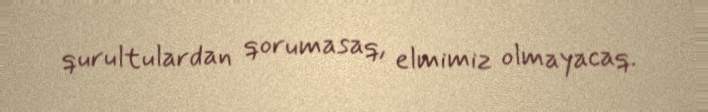
qurultulardan qorumasaq, elmimiz olmayacaq.